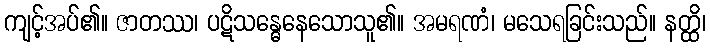
ကျင့်အပ်၏။ ဇာတဿ၊ ပဋိသန္ဓေနေသောသူ၏။ အမရဏံ၊ မသေရခြင်းသည်။ နတ္ထိ၊